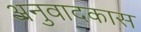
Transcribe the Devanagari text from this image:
अनुवादकास